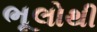
ભૂલોથી